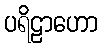
ပရိဠာဟော